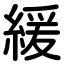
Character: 緩